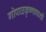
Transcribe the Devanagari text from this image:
गोपाळकृष्णापाशी